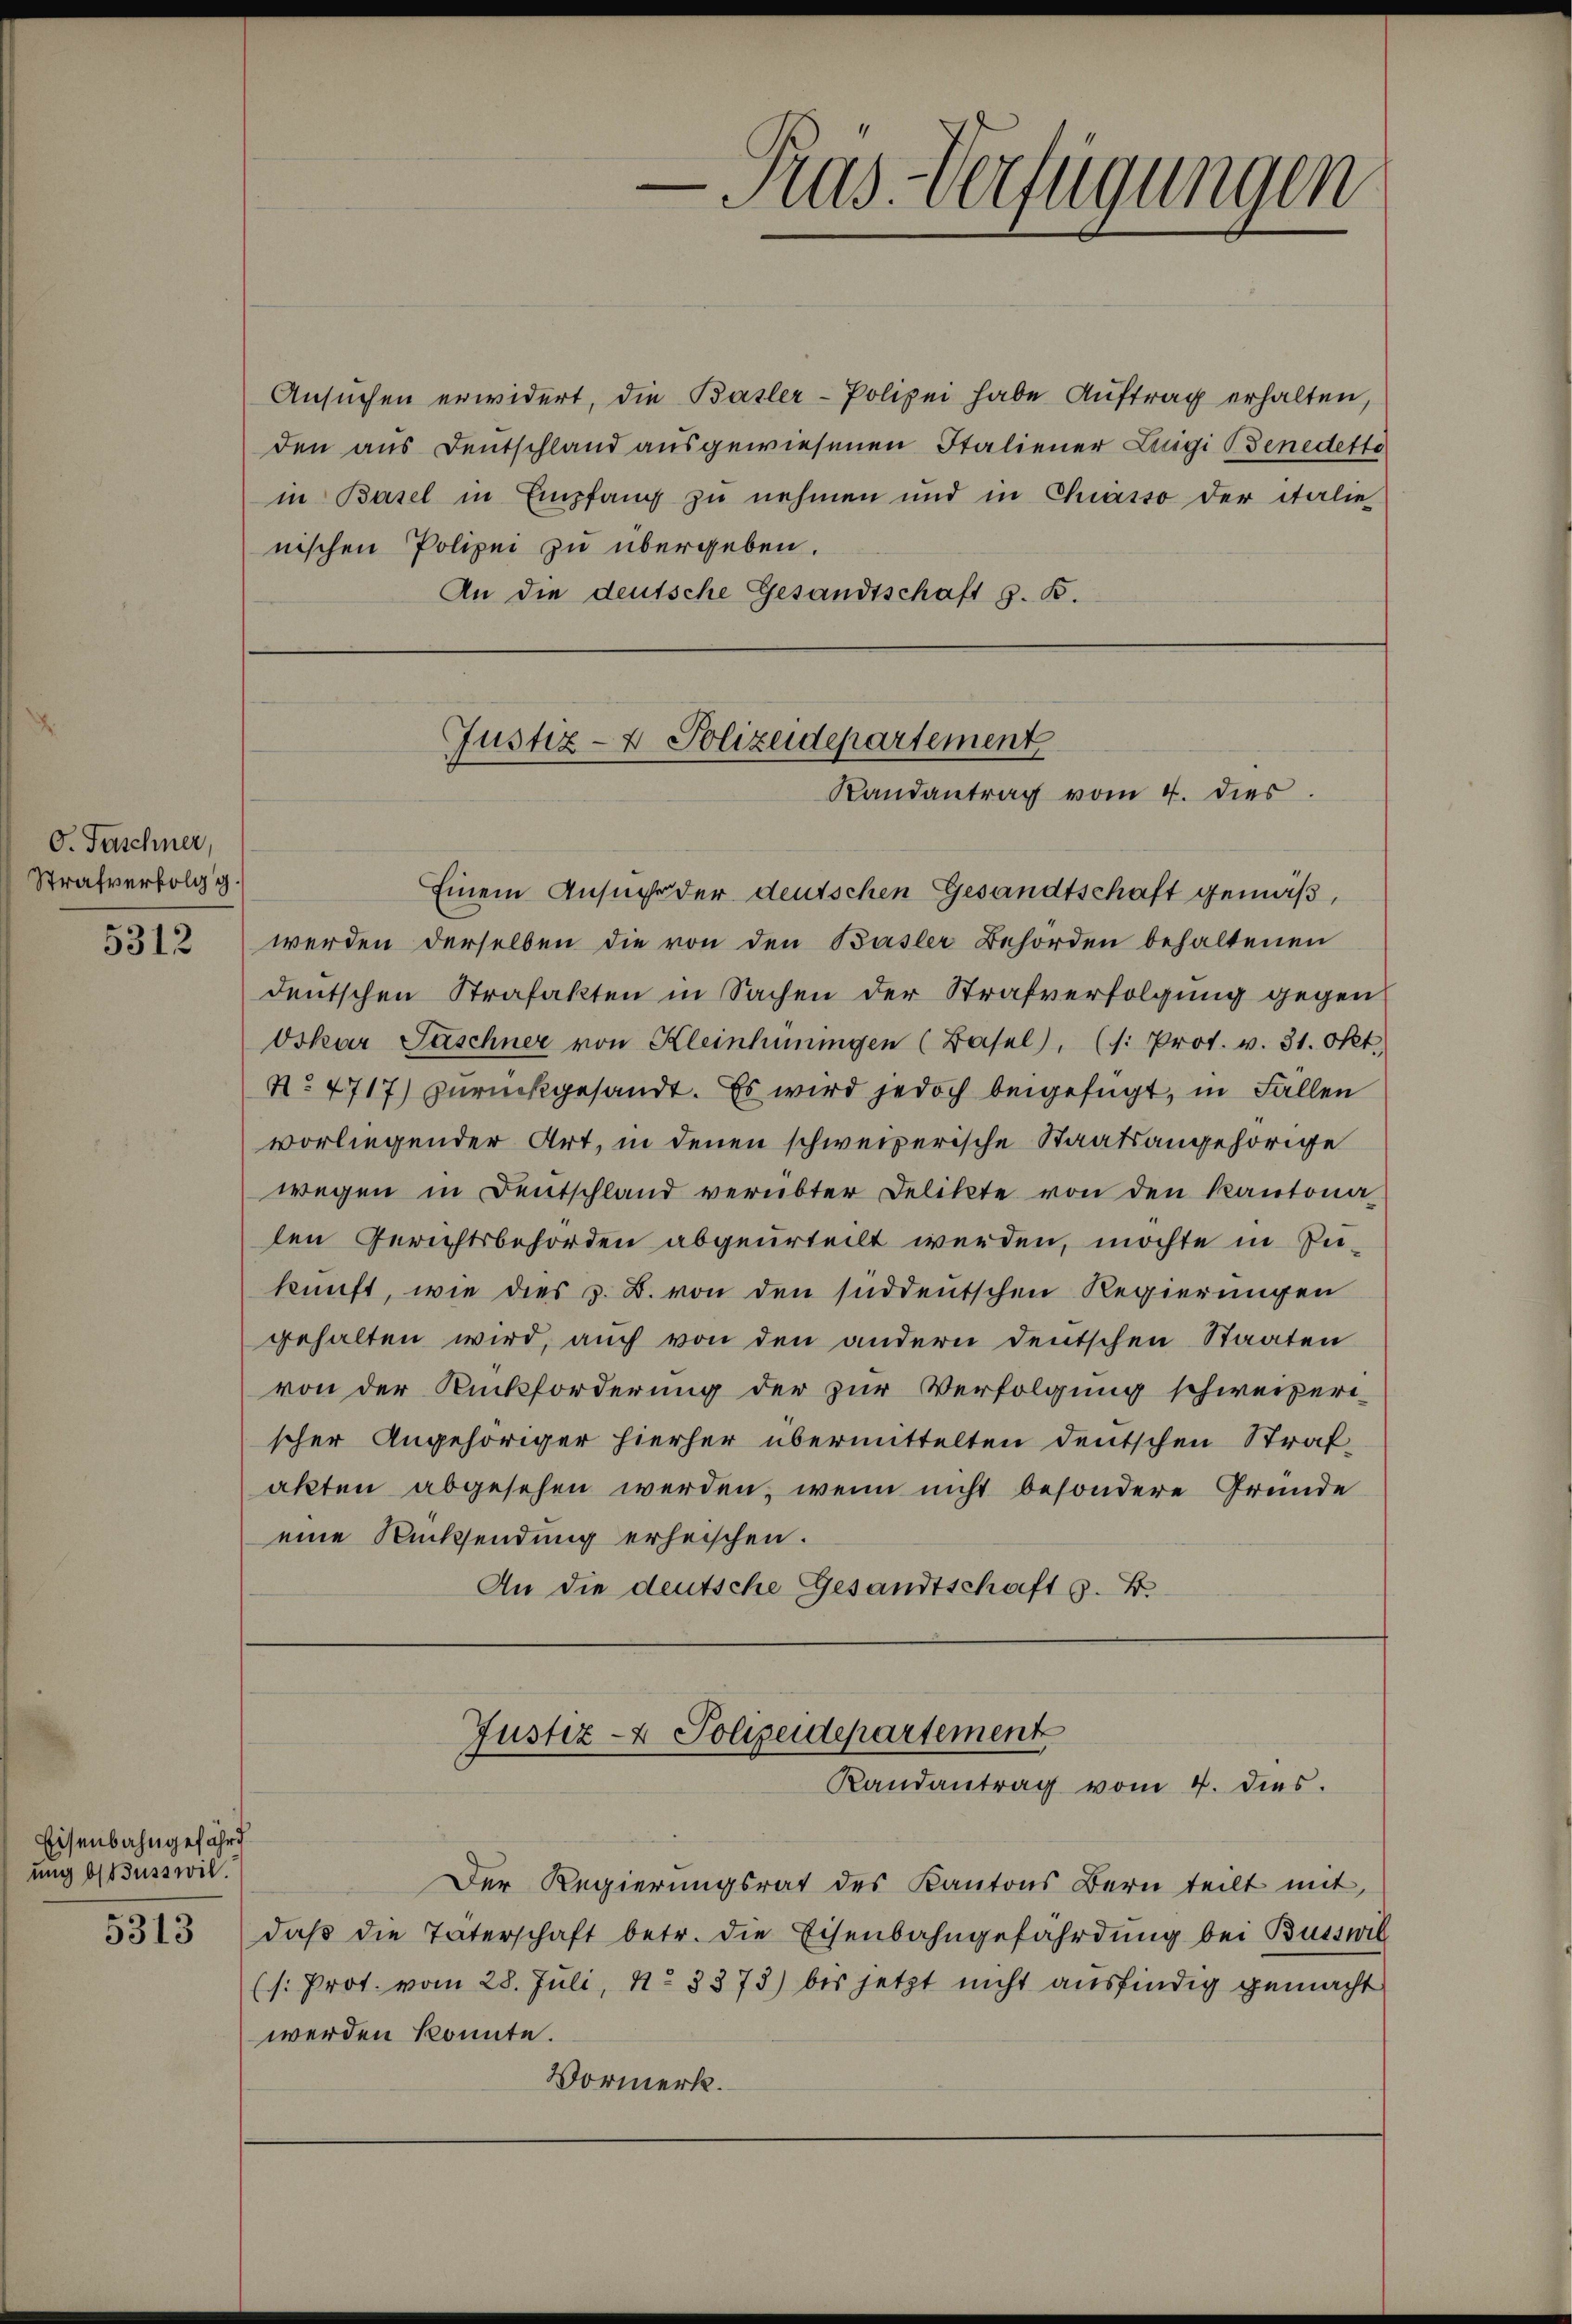
O. Faschner,
Strafverfolg g.
5312

Eisenbahngefährd
ung betruss wil.

Ansuchen erwidert, die Basler-Polizei habe Auftrag erhalten,
den aus Deutschland ausgewiesenen Italiener Luigi Benedette
in Basel in Empfang zu nehmen und in Chiasso der italie
nischen Polizei zu übergeben.
An die deutsche Gesandtschaft z. B.

-Pras. Verfügungen

Justiz- & Polizeidepartement
Randantrag vom 4. dies

Einem Ansuche der deutschen Gesandtschaft gemäß,
werden derselben die von den Basler Behörden behaltenen
deutschen Strafakten in Sachen der Strafverfolgung gegen
Oskar Paschner von Kleinhurungen (Basel, (s. Prot. v. 31. Okt.
No. 4717) zurückgesandt. Es wird jedoch beigefügt, in Fällen
vorliegender Art, in denen schweizerische Staatsangehörige
wegen in Deutschland verübter Delikte von den Kantona
len Gerichtsbehörden abgeurteilt werden, möchte in Pukunft, wie dies z. B. von den süddeutschen Regierungen
gehalten wird, auch von den andern deutschen Staaten
von der Rückforderung der zur Verfolgung schweizeri-
scher Angehöriger hierher übermittelten Deutschen Straf-
akten abgesehen werden, wenn nicht besondere Gründe
eine Rücksendung erheischen.
An die deutsche Gesandtschaft z. B.

Justiz- & Polizeidepartement
Randantrag vom 4. dies

Der Regierungsrat des Kantons Bern teilt mit,
5313 daβ die Täterschaft betr. die Eisenbahngefährdung bei Bussel
(s: Prot. vom 28. Juli, No 3373) bis jetzt nicht ausfindig gemacht
werden könnte.
Vormerk.